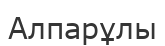
Алпарұлы